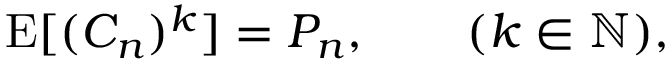
\begin{array} { r } { \operatorname { E } [ ( C _ { n } ) ^ { k } ] = P _ { n } , \qquad ( k \in \mathbb { N } ) , } \end{array}